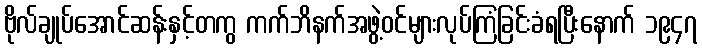
ဗိုလ်ချုပ်အောင်ဆန်းနှင့်တကွ ကက်ဘိနက်အဖွဲ့ဝင်များလုပ်ကြံခြင်းခံရပြီးနောက် ၁၉၄၇